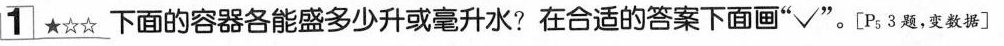
1★☆☆下面的容器各能盛多少升或毫升水?在合适的答案下面画”√”。[P_{5} 3题，变数据]